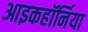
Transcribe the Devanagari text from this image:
आइकहॉर्निया